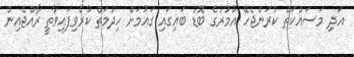
އަދި މަސައްކަތް ކުރަންޖެހޭ އުމުރުގެ ބޮޑު ބައިގައި ގައުމަށް ހިދުމަތް ކުރެވިފައިވާތީ ރާއްޖެއިން